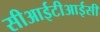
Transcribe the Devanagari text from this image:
सीआईटीआईसी